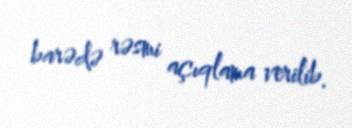
barədə rəsmi açıqlama verilib.